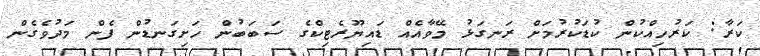
ކަރާ: ކަރުހިއްކުން ކުޑަކުރުމަށް ރަނގަޅު މޭވާއެއް ޑައިޔޫރެޓިކްގެ ސަބަބުން ހަށިގަނޑުން ފެން މަދުވެގެން